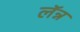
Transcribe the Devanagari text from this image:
लॅन्न